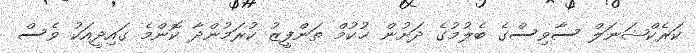
ކަރެކްޝަނަލް ސާވިސްގެ ބެލުމުގެ ދަށުން ޙުކުމް ތަންފީޒު ކުރަމުންދާ ކޮންމެ ގައިދީއަކު ވެސް